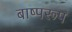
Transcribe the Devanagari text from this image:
बाष्परूप